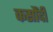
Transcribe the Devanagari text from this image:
कसौंदी